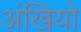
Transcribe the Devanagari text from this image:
अंखियो